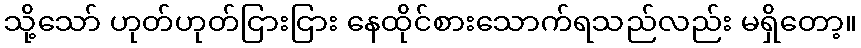
သို့သော် ဟုတ်ဟုတ်ငြားငြား နေထိုင်စားသောက်ရသည်လည်း မရှိတော့။